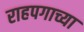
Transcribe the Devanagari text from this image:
राहपगाच्या